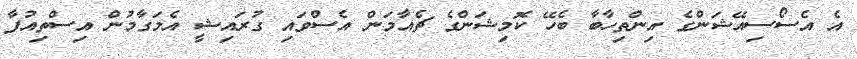
އެ އެސޯސިއޭޝަންގެ އިންތިހާބާ ބެހޭ ކޮމިޝަންގެ ޗެއާމަން އެސްވައި ގުރައިޝީ އެމަގާމުން އިސްތިއުފާ